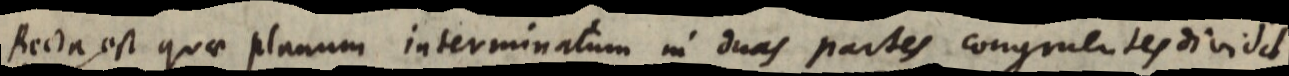
Recta est quae planum interminatum in duas partes congruentes divisit